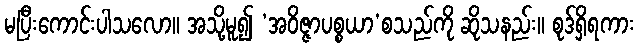
မပြီးကောင်းပါသလော။ အသို့မူ၍ ‘အဝိဇ္ဇာပစ္စယာ’စသည်ကို ဆိုသနည်း။ စုဒ်ရှိရကား